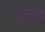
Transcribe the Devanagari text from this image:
सेनेटेचे